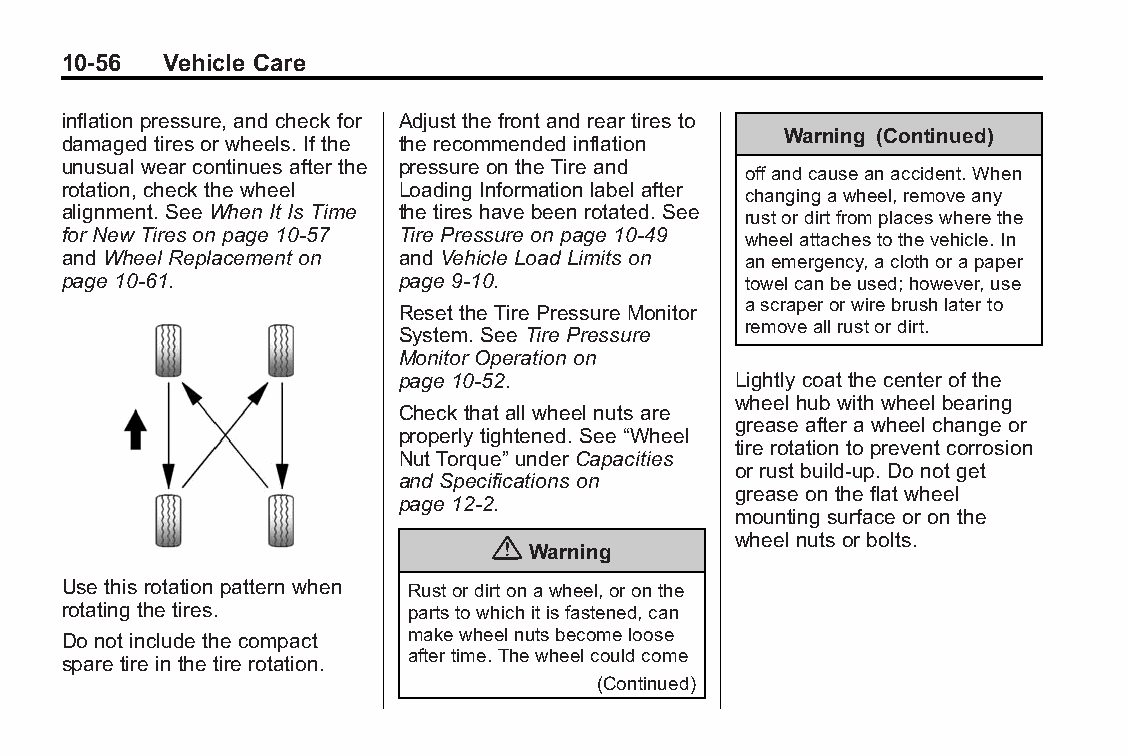
Buick LaCrosse Owner Manual (GMNA-Localizing-U.S./Canada/Mexico- Blackplate(56,1)
 6043609)-2014-2ndEdition-10/17/13
 10-56  Vehicle Care
 inflation pressure, and check for Adjust the front and rear tires to
 Warning (Continued)
 damaged tires or wheels. If the the recommended inflation
 unusual wear continues after the pressure on the Tire and
 offandcauseanaccident.When
 rotation, check the wheel Loading Information label after
 changingawheel,removeany
 alignment. See When It Is Time the tires have been rotated. See
 rustordirtfromplaceswherethe
 for New Tires on page 10-57 Tire Pressure on page 10-49 wheelattachestothevehicle.In
 and Wheel Replacement on and Vehicle Load Limits on anemergency,aclothorapaper
 page 10-61.           page 9-10.             towelcanbeused;however,use
 ascraperorwirebrushlaterto
 Reset the Tire Pressure Monitor
 removeallrustordirt.
 System. See Tire Pressure
 Monitor Operation on
 page 10-52.           Lightly coat the center of the
 wheel hub with wheel bearing
 Check that all wheel nuts are
 grease after a wheel change or
 properly tightened. See “Wheel
 tire rotation to prevent corrosion
 Nut Torque” under Capacities
 or rust build-up. Do not get
 and Specifications on
 grease on the flat wheel
 page 12-2.
 mounting surface or on the
 {               wheel nuts or bolts.
 Warning
 Use this rotation pattern when Rustordirtonawheel,oronthe
 rotating the tires.    partstowhichitisfastened,can
 Do not include the compact makewheelnutsbecomeloose
 aftertime.Thewheelcouldcome
 spare tire in the tire rotation.
 (Continued)